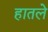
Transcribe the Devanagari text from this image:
हातले